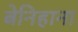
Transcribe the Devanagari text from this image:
बेनिहाना